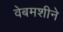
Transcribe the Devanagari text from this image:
वेबमशीने